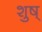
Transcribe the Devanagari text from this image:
शुष्